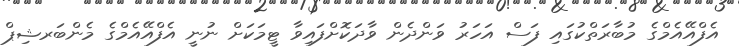
އެފްއޭއެމްގެ މުބާރަތްކުގައި ފަސް އަހަރު ވަންދެން ވާދަކޮށްފައިވާ ޓީމަކަށް ނުނީ އެފްއޭއެމްގެ މެންބަރޝިޕް